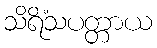
သိရိံသပတ္တာယ